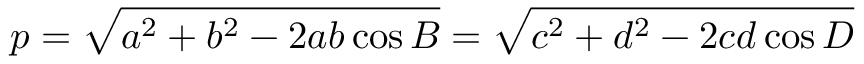
p = { \sqrt { a ^ { 2 } + b ^ { 2 } - 2 a b \cos { B } } } = { \sqrt { c ^ { 2 } + d ^ { 2 } - 2 c d \cos { D } } }